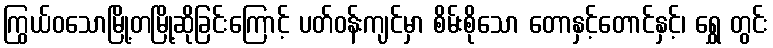
ကြွယ်ဝသောမြို့တမြို့ဆိုခြင်းကြောင့် ပတ်ဝန်းကျင်မှာ စိမ်းစိုသော တောနှင့်တောင်နှင့်၊ ရွှေ တွင်း